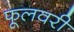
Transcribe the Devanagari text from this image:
फूलवरी